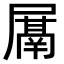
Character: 𭕰